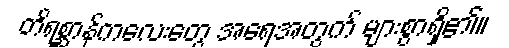
တိရစ္ဆာန်ကလေးတွေ အရေအတွက် များစွာရှိ၏။